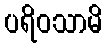
ပရိဝသာမိ